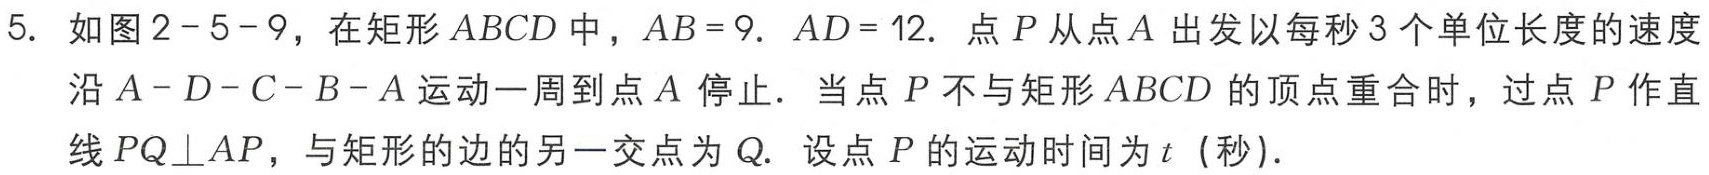
5. 如图2 - 5 - 9，在矩形\(ABCD\)中，\(AB = 9\)，\(AD = 12\). 点\(P\)从点\(A\)出发以每秒\(3\)个单位长度的速度沿\(A - D - C - B - A\)运动一周到点\(A\)停止. 当点\(P\)不与矩形\(ABCD\)的顶点重合时，过点\(P\)作直线\(PQ\bot AP\)，与矩形的边的另一交点为\(Q\). 设点\(P\)的运动时间为\(t\)（秒）.